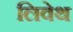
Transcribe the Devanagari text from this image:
लिवेथ